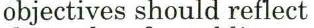
objectives should reflect